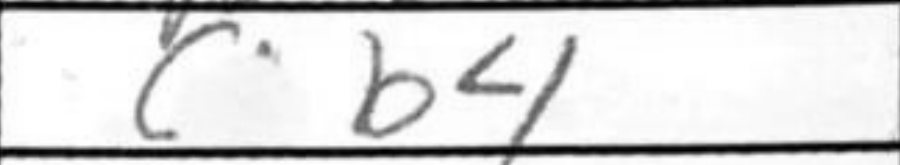
Transcription: b4